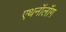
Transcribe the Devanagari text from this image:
एथनॉलॉग